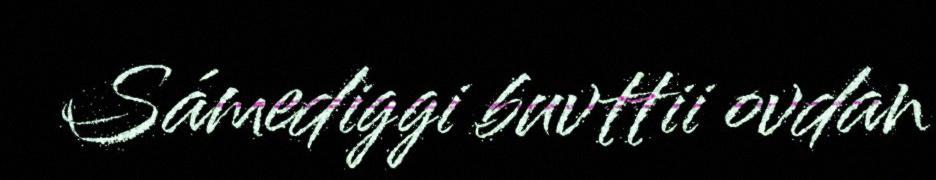
Sámediggi buvttii ovdan